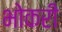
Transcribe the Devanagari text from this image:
भोकरी